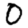
Digit: 0